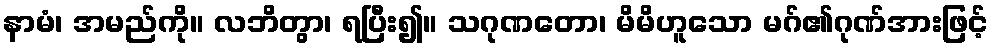
နာမံ၊ အမည်ကို။ လဘိတွာ၊ ရပြီး၍။ သဂုဏတော၊ မိမိဟူသော မဂ်၏ဂုဏ်အားဖြင့်